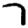
Digit: 7